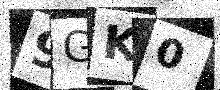
Text: 9GK0